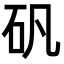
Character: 矾